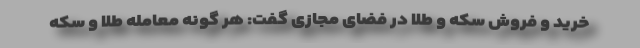
خرید و فروش سکه و طلا در فضای مجازی گفت: هر گونه معامله طلا و سکه